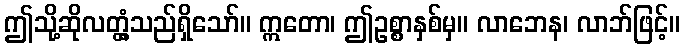
ဤသို့ဆိုလတ္တံ့သည်ရှိသော်။ ဣတော၊ ဤဥစ္စာနှစ်မှ။ လာဘေန၊ လာဘ်ဖြင့်။